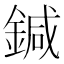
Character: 鍼